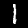
Label: 1